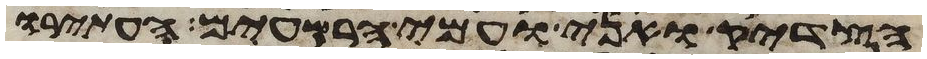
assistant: הצדיק ואני ועמי הרשעים העתירו